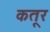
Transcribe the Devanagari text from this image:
कतूर